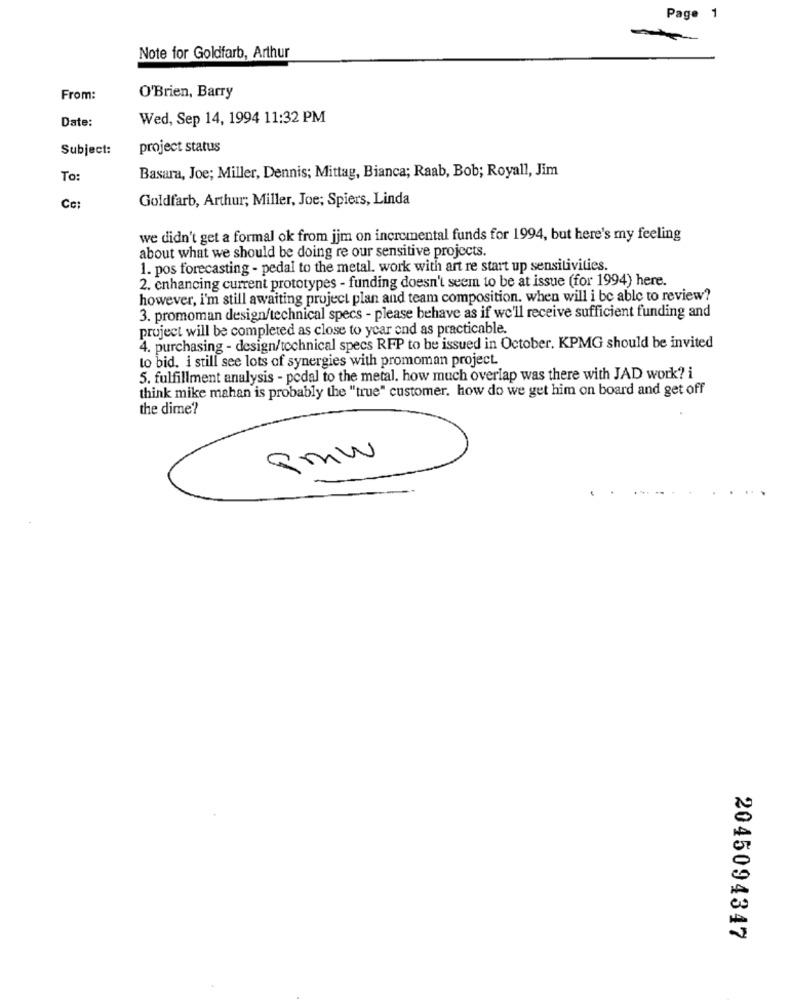
Page 1
-
Note for Goldfarb, Arthur
From:
O'Brien, Barry
Date:
Wed, Sep 14, 1994 11:32 PM
Subject:
project status
To
Basara, Joe; Miller, Dennis; Mittag, Bianca; Raab, Bob; Royall, Jim
Goldfarb, Arthur; Miller, Joe; Spiers, Linda
Ce:
we didn't get a formal ok from jjm on incremental funds for 1994, but here's my feeling
about what we should be doing re our sensitive projects.
1. pos forecasting - pedal to the metal. work with art re start up sensitivities.
2. enhancing current prototypes - funding doesn't seem to be at issue (for 1994) here.
however, i'm still awaiting project plan and team composition. when will i be able to review?
3. promoman design/technical specs - please behave as if we'll receive sufficient funding and
project will be completed as close to year end as practicable.
4. purchasing - design/technical specs RFP to be issued in October. KPMG should be invited
to bid. i still see lots of synergies with promoman project.
5. fulfillment analysis - pedal to the metal. how much overlap was there with JAD work? i
think mike mahan is probably the "true" customer, how do we get him on board and get off
the dime?
Pmw
2045094347